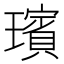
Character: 璸